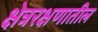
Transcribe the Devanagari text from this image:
क्षेत्ररक्षणातील